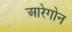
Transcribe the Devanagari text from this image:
आरेगोन